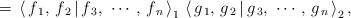
LaTeX: \begin{align*} \,=\, \left<\,f_{\,1},\, f_{\,2} \,|\, f_{\,3},\, \,\cdots,\, f_{\,n}\,\right>_{1}\,\left<\,g_{\,1},\, g_{\,2} \,|\, g_{\,3},\, \,\cdots,\, g_{\,n}\,\right>_{2},\end{align*}